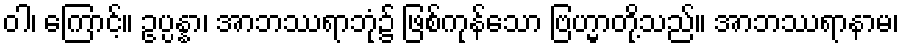
ဝါ၊ ကြောင့်။ ဥပ္ပန္နာ၊ အာဘဿရာဘုံ၌ ဖြစ်ကုန်သော ဗြဟ္မာတို့သည်။ အာဘဿရာနာမ၊